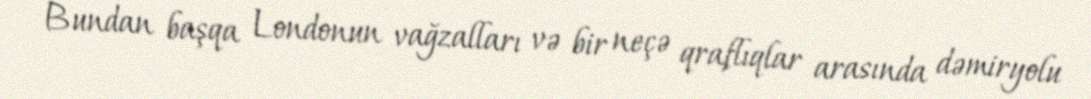
Bundan başqa Londonun vağzalları və bir neçə qraflıqlar arasında dəmiryolu